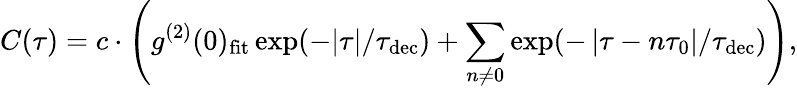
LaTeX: C(\tau)=c\cdot\left(g^{(2)}(0)_{\mathrm{fit}}\exp(-|\tau|/\tau_{\mathrm{dec}})+\sum_{n\neq 0}\exp(-\left|\tau-n\tau_{0}\right|/\tau_{\mathrm{dec}})\right),